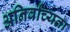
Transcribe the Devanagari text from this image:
अनिर्वाच्यता